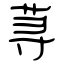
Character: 荨